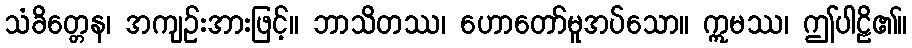
သံခိတ္တေန၊ အကျဉ်းအားဖြင့်။ ဘာသိတဿ၊ ဟောတော်မူအပ်သော။ ဣမဿ၊ ဤပါဠိ၏။